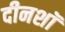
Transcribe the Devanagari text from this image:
दीनशॉ